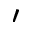
\prime